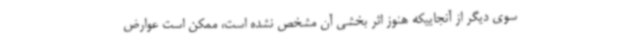
سوی دیگر از آنجاییکه هنوز اثر بخشی آن مشخص نشده است، ممکن است عوارض